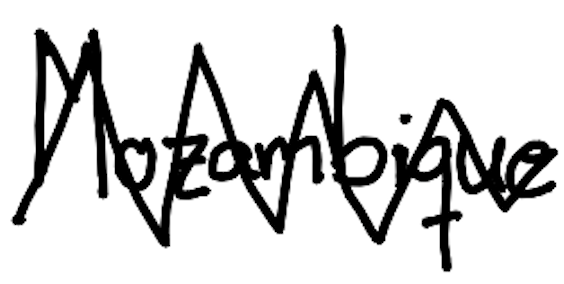
Text: Mozambique
Cross-out: zig-zag
Writing tool: digital_black